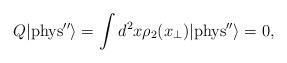
LaTeX: \begin{align*}Q |{\rm{phys''}} \rangle = \int d^2 x \rho_2(x_\perp) |{\rm{phys}''} \rangle =0,\end{align*}